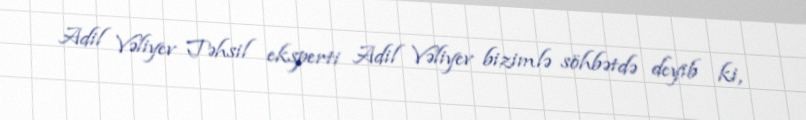
Adil Vəliyev Təhsil eksperti Adil Vəliyev bizimlə söhbətdə deyib ki,